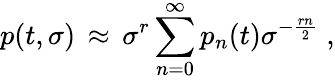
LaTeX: p(t,\sigma)\, \approx\, \sigma^{r}\sum_{n=0}^{\infty}p_{n}(t)\sigma^{-\frac{rn}{2}}\; ,